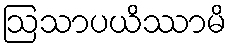
ဩသာပယိဿာမိ